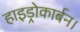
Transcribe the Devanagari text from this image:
हाइड्रोकार्बन।